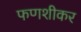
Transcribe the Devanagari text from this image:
फणशीकर